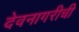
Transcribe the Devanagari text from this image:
देवनागरीची